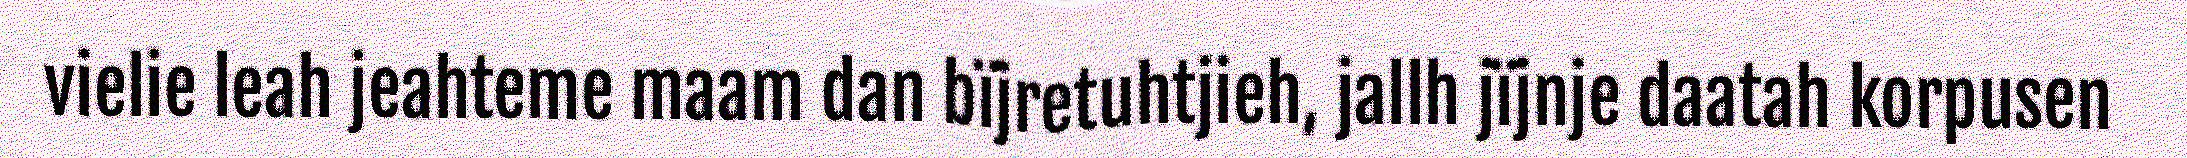
vielie leah jeahteme maam dan bïjretuhtjieh, jallh jïjnje daatah korpusen